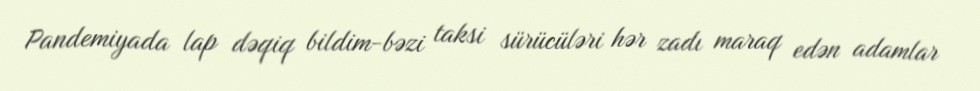
Pandemiyada lap dəqiq bildim-bəzi taksi sürücüləri hər zadı maraq edən adamlar